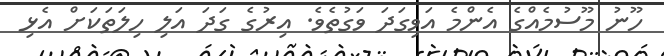
ހޫނު މޫސުމެއްގެ އެންމެ އަވިގަދަ ވަގުތެވެ. އިރުގެ ގަދަ އަލި ހިލަތަކަށް އެޅި